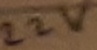
Text: 22V